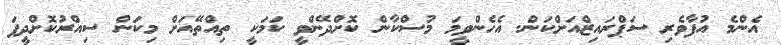
އެންމެ އުފާވެރި ސަޕްރައިޒްއަށްކަން. އެހެންވީމަ މުސްކާން ކޮށްދޭންވީ ކަމަކީ ތިއްތޭއަށް މިކަން ސިއްރުކޮށްދީފަ